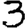
Digit: 3